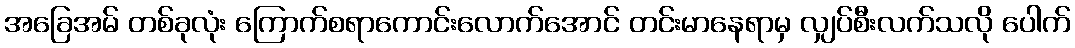
အခြေအမ် တစ်ခုလုံး ကြောက်စရာကောင်းလောက်အောင် တင်းမာနေရာမှ လျှပ်စီးလက်သလို ပေါက်